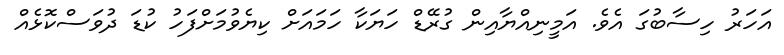
އަހަރު ހިސާބުގަ އެވެ. އަމީނިއްޔާއިން ގުރޭޑް ހަޔަކާ ހަމައަށް ކިޔެވުމަށްފަހު ކުޑަ ދުވަސްކޮޅެއް